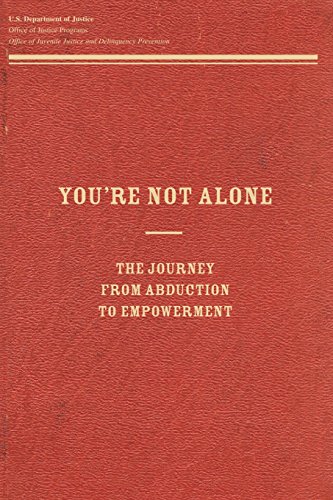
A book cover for You're Not Alone:  The Journey From Abduction to Empowerment; U.S. Department of Justice; Law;